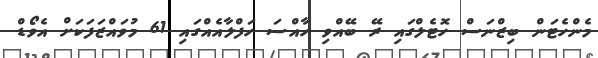
މެންހެޓަން ބިޒްނަސް ހޮޓެލްގައި ރޭ ބޭއްވި ހާއްސަ ހަފްލާއެއްގައި 61 މުވައްޒަފަކަށް އެވޯޑް